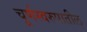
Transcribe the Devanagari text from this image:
चूर्णस्वरुपातील